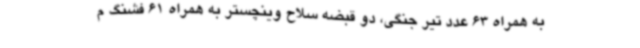
به همراه 63 عدد تیر جنگی، دو قبضه سلاح وینچستر به همراه 61 فشنگ م